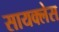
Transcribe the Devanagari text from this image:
सायक्लेस